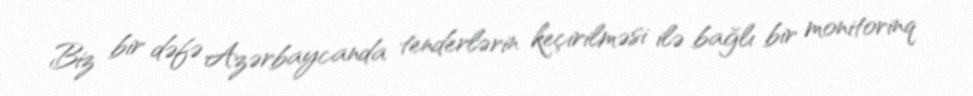
Biz bir dəfə Azərbaycanda tenderlərin keçirilməsi ilə bağlı bir monitorinq